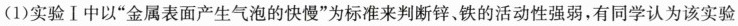
(1)实验Ⅰ中以”金属表面产生气泡的快慢”为标准来判断锌、铁的活动性强弱，有同学认为该实验